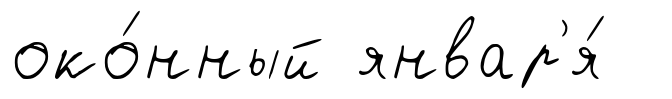
око́нный январ'я́